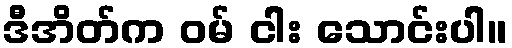
ဒီအိတ်က ဝမ် ငါး သောင်းပါ။